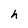
Character: h